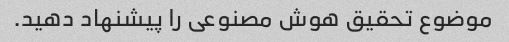
موضوع تحقیق هوش مصنوعی را پیشنهاد دهید.